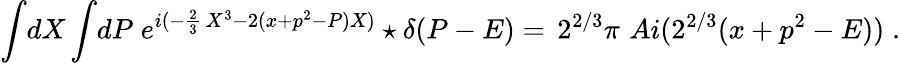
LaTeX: \int\! dX\int\! dP\; e^{i(-\frac{2}{3}\, X^{3}-2(x+p^{2}-P)X)}\star\delta(P-E)=\, 2^{2/3}\pi\, \, Ai(2^{2/3}(x+p^{2}-E))\; .